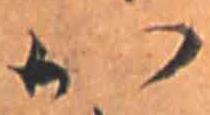
か